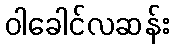
ဝါခေါင်လဆန်း